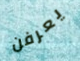
يعرفن